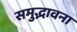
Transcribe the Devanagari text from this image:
समुद्भावना